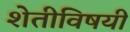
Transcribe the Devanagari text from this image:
शेतीविषयी